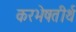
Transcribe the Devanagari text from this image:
करभेषतीर्थ